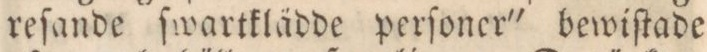
reſande ſwartklädde perſoner' bewiſtade